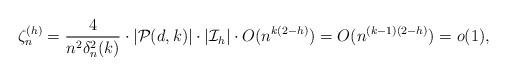
LaTeX: \begin{align*}\zeta^{(h)}_n = \frac{4 }{n^2\delta^2_n(k) }\cdot |\mathcal P(d,k)|\cdot |\mathcal I_h| \cdot O(n^{k(2-h)}) = O(n^{(k-1)(2-h)}) = o(1),\end{align*}